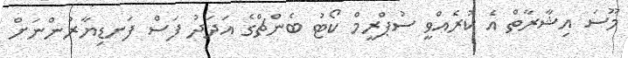
މޫސަ އިޝާރާތް އެ ކުރެއްވީ ސުޕްރީމް ކޯޓު ބެންޗްގެ އަދަދު ފަސް ފަނޑިޔާރުންނަށް